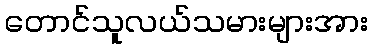
တောင်သူလယ်သမားများအား